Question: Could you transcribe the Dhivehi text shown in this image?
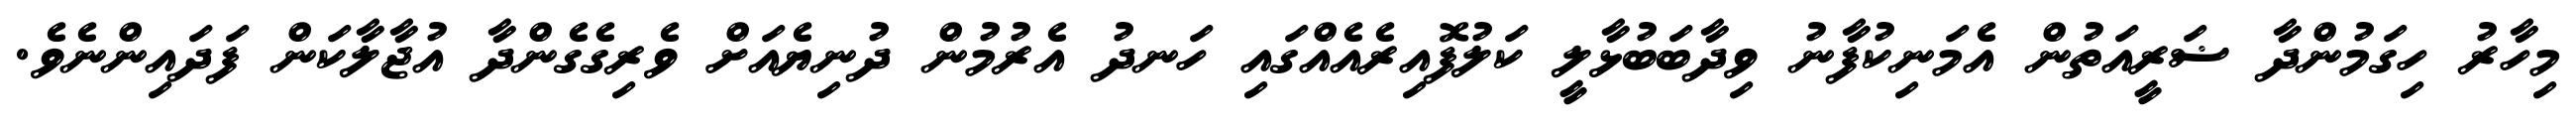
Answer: މިހާރު ހިގަމުންދާ ޟަރީއަތުން އެމަނިކުފާނު ވިދާބަބުޅާލީ ކަލުފޮއިރެއެއްގައި ހަނދު އެރުމުން ދުނިޔެއަށް ވެރިގެގެންދާ އުޖާލާކަން ފަދައިންނެވެ.